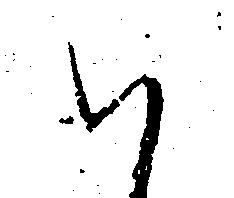
ハ